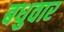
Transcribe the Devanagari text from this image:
बधुवार